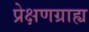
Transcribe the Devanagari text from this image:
प्रेक्षणग्राह्य